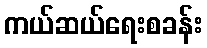
ကယ်ဆယ်ရေးစခန်း